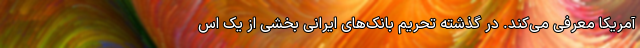
آمریکا معرفی می‌کند. در گذشته تحریم بانک‌های ایرانی بخشی از یک اس